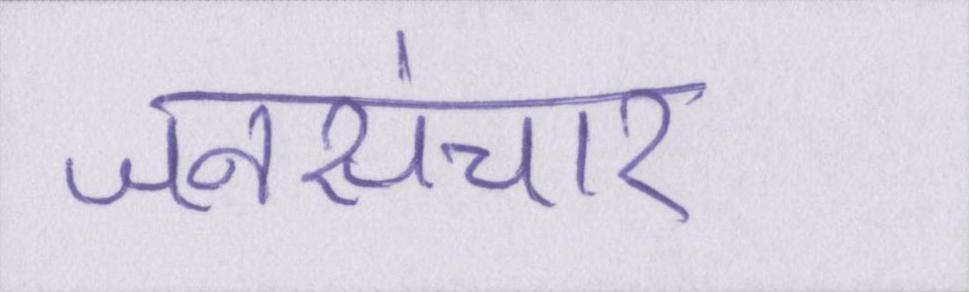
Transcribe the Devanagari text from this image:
जनसंचार